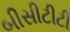
બીસીટીટી